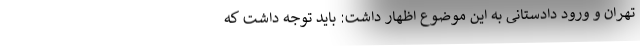
تهران و ورود دادستانی به این موضوع اظهار داشت: باید توجه داشت که